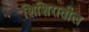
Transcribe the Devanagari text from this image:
शिशिरातील